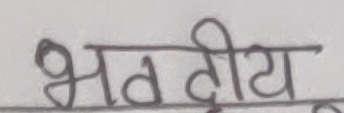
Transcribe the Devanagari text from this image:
भतदीय